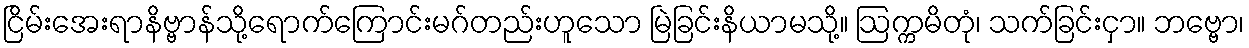
ငြိမ်းအေးရာနိဗ္ဗာန်သို့ရောက်ကြောင်းမဂ်တည်းဟူသော မြဲခြင်းနိယာမသို့။ ဩက္ကမိတုံ၊ သက်ခြင်းငှာ။ ဘဗ္ဗော၊